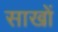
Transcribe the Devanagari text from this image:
साखों